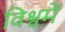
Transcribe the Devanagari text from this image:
विश्वमें